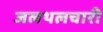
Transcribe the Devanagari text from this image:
जलथलचारी